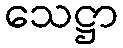
သေဋ္ဌာ